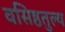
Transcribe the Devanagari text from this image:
वसिष्ठतुल्य